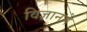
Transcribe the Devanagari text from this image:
विज्ञानमें